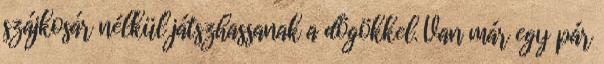
szájkosár nélkül játszhassanak a dögökkel. Van már egy pár